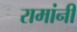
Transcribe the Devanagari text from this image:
रामांनी